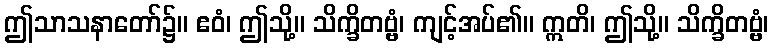
ဤသာသနာတော်၌။ ဧဝံ၊ ဤသို့။ သိက္ခိတဗ္ဗံ၊ ကျင့်အပ်၏။ ဣတိ၊ ဤသို့။ သိက္ခိတဗ္ဗံ၊